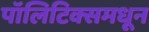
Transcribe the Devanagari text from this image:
पॉलिटिक्समधून